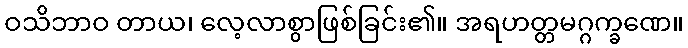
ဝသိဘာဝ တာယ၊ လေ့လာစွာဖြစ်ခြင်း၏။ အရဟတ္တမဂ္ဂက္ခဏေ။